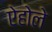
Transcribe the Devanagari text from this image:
ऐहोले